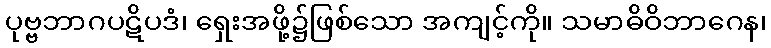
ပုဗ္ဗဘာဂပဋိပဒံ၊ ရှေးအဖို့၌ဖြစ်သော အကျင့်ကို။ သမာဓိဝိဘာဂေန၊